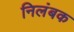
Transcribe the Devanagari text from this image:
निलंबक